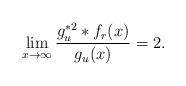
LaTeX: \begin{align*} \lim_{x\to\infty} \frac{g_u^{\ast 2}\ast f_r(x)}{g_u(x)}= 2. \end{align*}